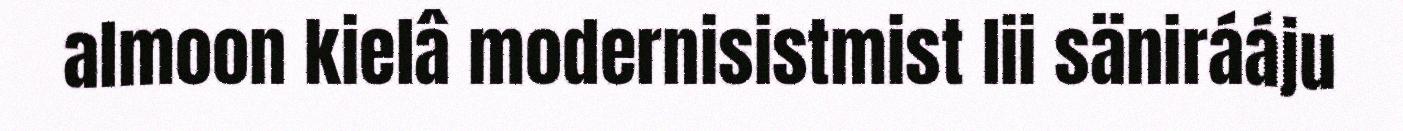
almoon kielâ modernisistmist lii sänirááju